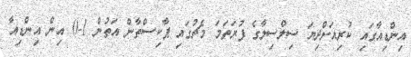
އިންޑިއާގައި ކުރިއަށްދިޔަ ސިލްސިލާގެ ފުރަތަމަ މެޗުގައި ޕާކިސްތާން އަތުން 1-0 އިން އިންޑިއާ